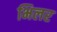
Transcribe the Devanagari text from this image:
भिलर